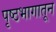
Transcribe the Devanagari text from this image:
पृष्ठभागातून